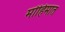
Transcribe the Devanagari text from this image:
मोहिमात